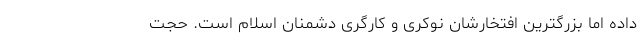
داده اما بزرگترین افتخارشان نوکری و کارگری دشمنان اسلام است. حجت